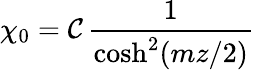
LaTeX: \chi_{0}=\mathcal{C}\, \frac{{1}}{{\cosh^{2}(mz/2)}}